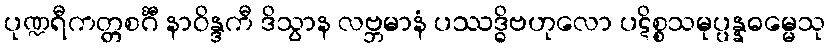
ပုဏ္ဍရီကတ္တစင်္ဂီ နာဝိန္ဒကီ ဒိသွာန လဗ္ဘမာနံ ပဿဒ္ဓိဗဟုလော ပဋိစ္စသမုပ္ပန္နဓမ္မေသု